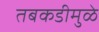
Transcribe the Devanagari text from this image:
तबकडीमुळे